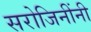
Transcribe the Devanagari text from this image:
सरोजिनींनी